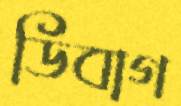
ডিবাগ